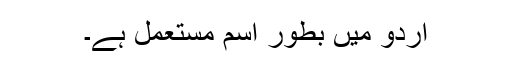
اردو میں بطور اسم مستعمل ہے۔